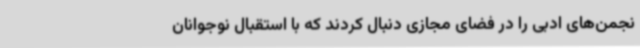
نجمن‌های ادبی را در فضای مجازی دنبال کردند که با استقبال نوجوانان